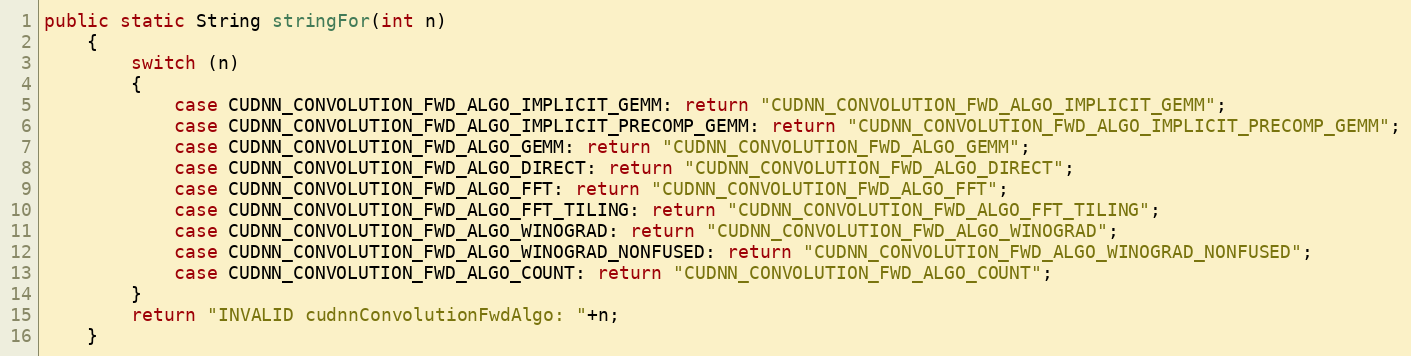
Language: Java
public static String stringFor(int n)
    {
        switch (n)
        {
            case CUDNN_CONVOLUTION_FWD_ALGO_IMPLICIT_GEMM: return "CUDNN_CONVOLUTION_FWD_ALGO_IMPLICIT_GEMM";
            case CUDNN_CONVOLUTION_FWD_ALGO_IMPLICIT_PRECOMP_GEMM: return "CUDNN_CONVOLUTION_FWD_ALGO_IMPLICIT_PRECOMP_GEMM";
            case CUDNN_CONVOLUTION_FWD_ALGO_GEMM: return "CUDNN_CONVOLUTION_FWD_ALGO_GEMM";
            case CUDNN_CONVOLUTION_FWD_ALGO_DIRECT: return "CUDNN_CONVOLUTION_FWD_ALGO_DIRECT";
            case CUDNN_CONVOLUTION_FWD_ALGO_FFT: return "CUDNN_CONVOLUTION_FWD_ALGO_FFT";
            case CUDNN_CONVOLUTION_FWD_ALGO_FFT_TILING: return "CUDNN_CONVOLUTION_FWD_ALGO_FFT_TILING";
            case CUDNN_CONVOLUTION_FWD_ALGO_WINOGRAD: return "CUDNN_CONVOLUTION_FWD_ALGO_WINOGRAD";
            case CUDNN_CONVOLUTION_FWD_ALGO_WINOGRAD_NONFUSED: return "CUDNN_CONVOLUTION_FWD_ALGO_WINOGRAD_NONFUSED";
            case CUDNN_CONVOLUTION_FWD_ALGO_COUNT: return "CUDNN_CONVOLUTION_FWD_ALGO_COUNT";
        }
        return "INVALID cudnnConvolutionFwdAlgo: "+n;
    }